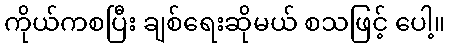
ကိုယ်ကစပြီး ချစ်ရေးဆိုမယ် စသဖြင့် ပေါ့။